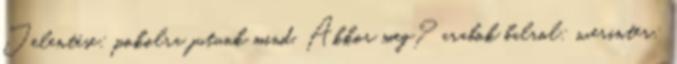
Jelentése: pokolra jutunk mind. Akkor meg? arabok balrol: werinter: